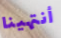
أنتهينا